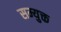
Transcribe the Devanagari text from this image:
सम्युक्त